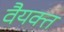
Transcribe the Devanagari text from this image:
वैयक्त